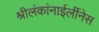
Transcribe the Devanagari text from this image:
श्रीलंकांनाईर्लीनेस